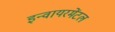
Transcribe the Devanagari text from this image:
इन्वायरमेंटल